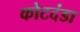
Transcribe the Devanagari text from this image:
कोटदंडा